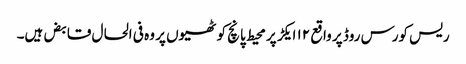
ریس کورس روڈ پر واقع ۱۲ ایکڑ پر محیط پانچ کوٹھیوں پر وہ فی الحال قابض ہیں۔